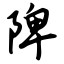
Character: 陴